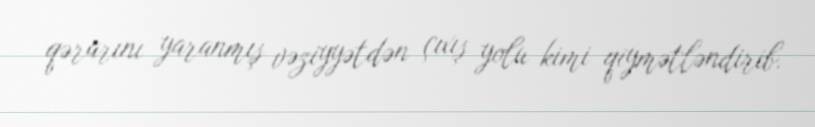
qərarını yaranmış vəziyyətdən çıxış yolu kimi qiymətləndirib.